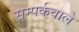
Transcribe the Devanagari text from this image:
सम्पर्कवाले